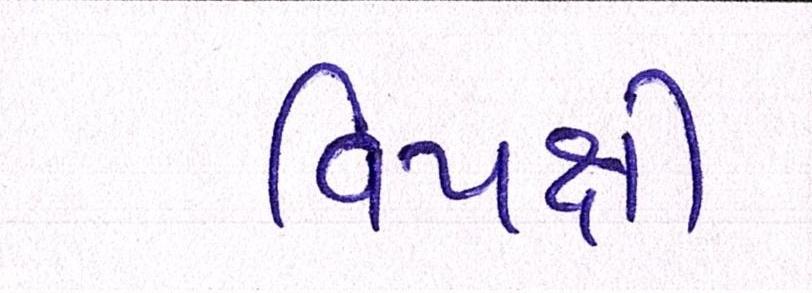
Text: વિપક્ષી